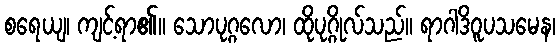
စရေယျ၊ ကျင့်ရာ၏။ သောပုဂ္ဂလော၊ ထိုပုဂ္ဂိုလ်သည်။ ရာဂါဒိဝူပသမေန၊